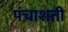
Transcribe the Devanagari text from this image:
पंचाशती